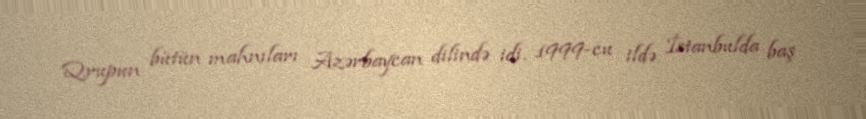
Qrupun bütün mahnıları Azərbaycan dilində idi. 1999-cu ildə İstanbulda baş